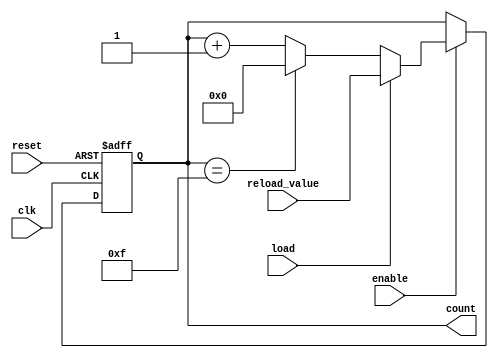
module mod_n_up_counter (
  input wire clk,
  input wire reset,
  input wire enable,
  input wire load,
  input wire [15:0] reload_value,
  output reg [15:0] count
);

parameter N = 16; // Set N to default value of 16

always @(posedge clk or posedge reset) begin
  if (reset) begin
    count <= 0;
  end else if (enable) begin
    if (load) begin
      count <= reload_value;
    end else begin
      if (count == N-1) begin
        count <= 0;
      end else begin
        count <= count + 1;
      end
    end
  end
end

endmodule